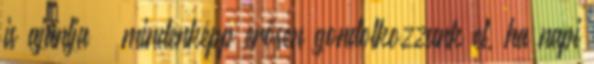
is ajánlja – mindenképp erősen gondolkozzunk el, ha napi